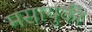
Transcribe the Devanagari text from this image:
मसायुकी